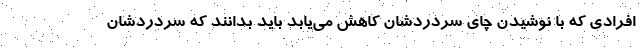
افرادی که با نوشیدن چای سردردشان کاهش می‌یابد باید بدانند که سردردشان